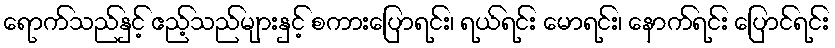
ရောက်သည်နှင့် ဧည့်သည်များနှင့် စကားပြောရင်း၊ ရယ်ရင်း မောရင်း၊ နောက်ရင်း ပြောင်ရင်း